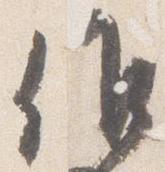
候